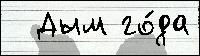
  Дым го́да